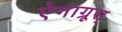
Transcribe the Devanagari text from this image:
ऐगाग्रूस्